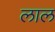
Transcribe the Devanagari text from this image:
लाल